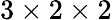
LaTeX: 3\times 2\times 2